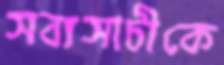
সব্যসাচীকে